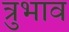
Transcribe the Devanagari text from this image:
त्रुभाव